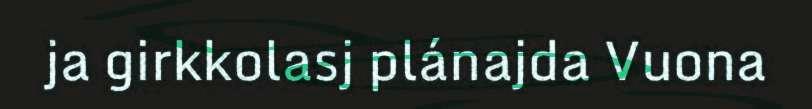
ja girkkolasj plánajda Vuona